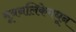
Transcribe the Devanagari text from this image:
मूत्रनलिकेमधून